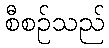
စီစဉ်သည်